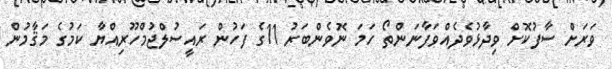
ވަރަށް ސާފުކޮށް ވިދާޅުވެދެއްވަފާނަންތޯ ހަމަ ނޮވެންބަރު 11ގެ ފަހުން ރައީސުލްޖުމްހޫރިއްޔާ ކަމުގެ މަޤާމުން